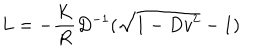
L = - { \frac { K } { R } } D ^ { - 1 } ( \sqrt { 1 - D v ^ { 2 } } - 1 )